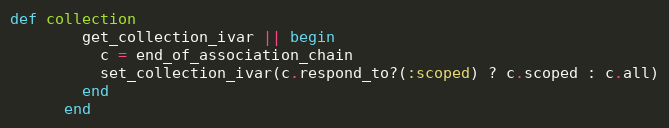
Language: Ruby
def collection
        get_collection_ivar || begin
          c = end_of_association_chain
          set_collection_ivar(c.respond_to?(:scoped) ? c.scoped : c.all)
        end
      end